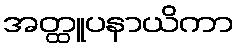
အတ္ထူပနာယိကာ